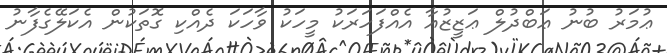
ޢުމަރު ބުނު ޢަބްދުލް ޢަޒީޒުއާ އެއްފަހަރަކު މީހަކު ވާހަކަ ދެއްކި ގޮތަކުން އެކަލޭގެފާނު